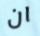
ان